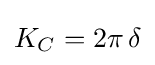
K_{C}=2\pi \,\delta